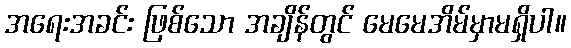
အရေးအခင်း ဖြစ်သော အချိန်တွင် မေမေအိမ်မှာမရှိပါ။